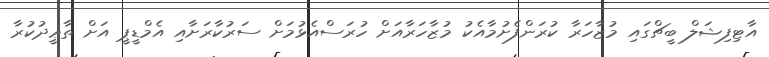
އާޓިފިޝަލް ބީޗްގައި މުޒާހަރާ ކުރަންފެށުމާއެކު މުޒާހަރާއަށް ހުރަސްއެޅުމަށް ސަރުކާރަށާއި އެމްޑީޕީ އަށް ތާޢީދުކުރާ